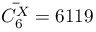
\bar { C _ { 6 } ^ { X } } = 6 1 1 9